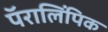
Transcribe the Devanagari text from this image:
पॅरालिंपिक